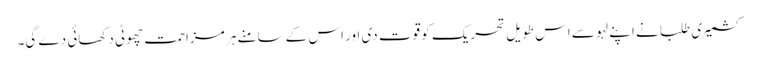
کشمیری طلبا نے اپنے لہو سے اس طویل تحریک کو قوت دی اور اس کے سامنے ہر مزاحمت چھوٹی دکھائی دے گی۔